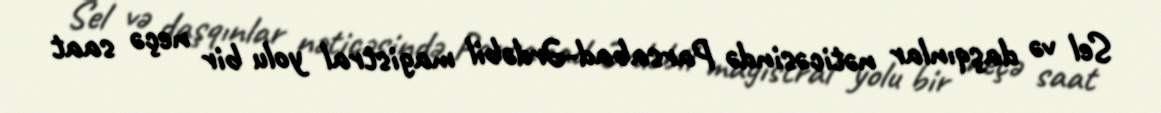
Sel və daşqınlar nəticəsində Parsabad-Ərdəbil magistral yolu bir neçə saat